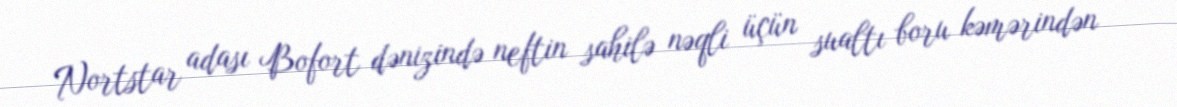
Nortstar adası Bofort dənizində neftin sahilə nəqli üçün sualtı boru kəmərindən